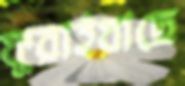
ফুরাইয়াছে